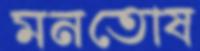
মনতোষ